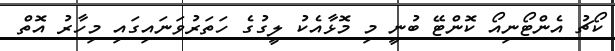
ކޯޗު އެންޓޯނިއޯ ކޮންޓޭ ބުނީ މި މޮޅާއެކު ލީގުގެ ހަތަރުވަނައިގައި މިހާރު އޮތް